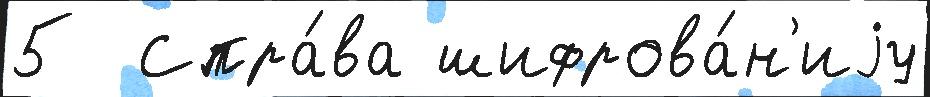
5  Спра́ва шифрова́н'иjу